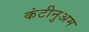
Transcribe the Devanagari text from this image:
कंटीनुअम